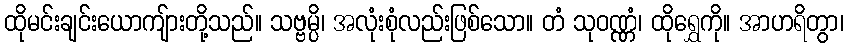
ထိုမင်းချင်းယောကျ်ားတို့သည်။ သဗ္ဗမ္ပိ၊ အလုံးစုံလည်းဖြစ်သော။ တံ သုဝဏ္ဏံ၊ ထိုရွှေကို။ အာဟရိတွာ၊